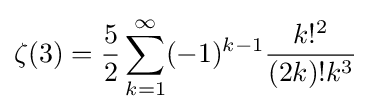
\zeta (3)={\frac {5}{2}}\sum _{k=1}^{\infty }(-1)^{k-1}{\frac {k!^{2}}{(2k)!k^{3}}}